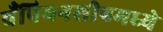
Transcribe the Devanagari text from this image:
चँपियनशीपमध्ये